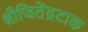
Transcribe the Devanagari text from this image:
श्रीजितेंद्रटाक